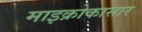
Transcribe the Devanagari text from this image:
माइक्रोकासार